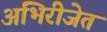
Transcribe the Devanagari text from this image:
अभिरीजेत